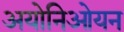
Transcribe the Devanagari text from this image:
अयोनिओयन